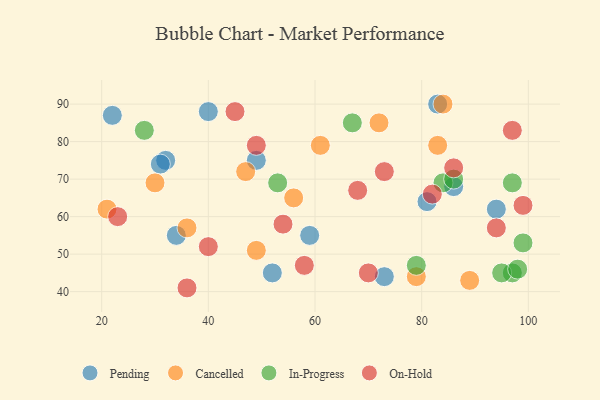
{"axis": {"x": "GDP", "y": "Life Expectancy"}, "legend": ["Cancelled", "In-Progress", "On-Hold", "Pending"], "data": [{"x": "83", "y": 90, "type": "Pending"}, {"x": "32", "y": 75, "type": "Pending"}, {"x": "52", "y": 45, "type": "Pending"}, {"x": "86", "y": 68, "type": "Pending"}, {"x": "81", "y": 64, "type": "Pending"}, {"x": "59", "y": 55, "type": "Pending"}, {"x": "94", "y": 62, "type": "Pending"}, {"x": "22", "y": 87, "type": "Pending"}, {"x": "34", "y": 55, "type": "Pending"}, {"x": "49", "y": 75, "type": "Pending"}, {"x": "40", "y": 88, "type": "Pending"}, {"x": "73", "y": 44, "type": "Pending"}, {"x": "31", "y": 74, "type": "Pending"}, {"x": "61", "y": 79, "type": "Cancelled"}, {"x": "21", "y": 62, "type": "Cancelled"}, {"x": "30", "y": 69, "type": "Cancelled"}, {"x": "47", "y": 72, "type": "Cancelled"}, {"x": "89", "y": 43, "type": "Cancelled"}, {"x": "79", "y": 44, "type": "Cancelled"}, {"x": "49", "y": 51, "type": "Cancelled"}, {"x": "84", "y": 90, "type": "Cancelled"}, {"x": "36", "y": 57, "type": "Cancelled"}, {"x": "72", "y": 85, "type": "Cancelled"}, {"x": "56", "y": 65, "type": "Cancelled"}, {"x": "83", "y": 79, "type": "Cancelled"}, {"x": "67", "y": 85, "type": "In-Progress"}, {"x": "97", "y": 45, "type": "In-Progress"}, {"x": "84", "y": 69, "type": "In-Progress"}, {"x": "28", "y": 83, "type": "In-Progress"}, {"x": "79", "y": 47, "type": "In-Progress"}, {"x": "86", "y": 70, "type": "In-Progress"}, {"x": "95", "y": 45, "type": "In-Progress"}, {"x": "97", "y": 69, "type": "In-Progress"}, {"x": "98", "y": 46, "type": "In-Progress"}, {"x": "53", "y": 69, "type": "In-Progress"}, {"x": "99", "y": 53, "type": "In-Progress"}, {"x": "68", "y": 67, "type": "On-Hold"}, {"x": "73", "y": 72, "type": "On-Hold"}, {"x": "82", "y": 66, "type": "On-Hold"}, {"x": "86", "y": 73, "type": "On-Hold"}, {"x": "58", "y": 47, "type": "On-Hold"}, {"x": "40", "y": 52, "type": "On-Hold"}, {"x": "49", "y": 79, "type": "On-Hold"}, {"x": "36", "y": 41, "type": "On-Hold"}, {"x": "45", "y": 88, "type": "On-Hold"}, {"x": "54", "y": 58, "type": "On-Hold"}, {"x": "23", "y": 60, "type": "On-Hold"}, {"x": "94", "y": 57, "type": "On-Hold"}, {"x": "99", "y": 63, "type": "On-Hold"}, {"x": "70", "y": 45, "type": "On-Hold"}, {"x": "97", "y": 83, "type": "On-Hold"}]}